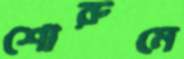
শোরুমে